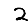
Digit: 2